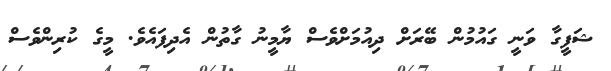
ޝަފީގާ ވަނީ ގައުމުން ބޭރަށް ދިއުމަށްވެސް ޔާމީނު ގާތުން އެދިފައެވެ. މީގެ ކުރިންވެސް